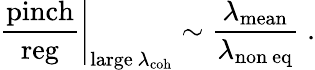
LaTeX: \left.{\frac{\mathrm{pinch}}{\mathrm{reg}}}\right|_{\mathrm{large\ }\lambda_{\mathrm{coh}}}\sim{\frac{\lambda_{\mathrm{mean}}}{\lambda_{\mathrm{non\ eq}}}}\; .